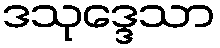
ဒသုဒ္ဒေသာ